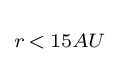
\scriptstyle r\,<\,15AU